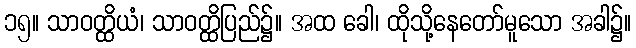
၁၅။ သာဝတ္ထိယံ၊ သာဝတ္ထိပြည်၌။ အထ ခေါ၊ ထိုသို့နေတော်မူသော အခါ၌။